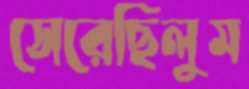
সেরেছিলুম